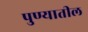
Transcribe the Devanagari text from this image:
पुण्‍यातील